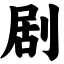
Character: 剧